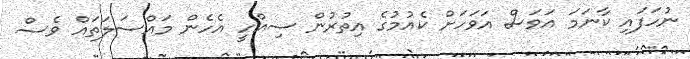
ނުހަފައި ކާނަމަ އަވަސް އަވަހަށް ކެއުމުގެ އިތުރުން ސިއްހީ އެހެން މައްސަލަތައް ވެސް